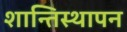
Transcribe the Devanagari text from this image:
शान्तिस्थापन